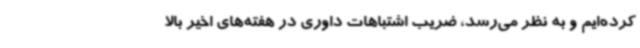
کرده‌ایم و به نظر می‌رسد، ضریب اشتباهات داوری در هفته‌های اخیر بالا